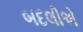
બદલીએ